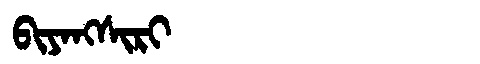
Manchu: ᠪᡳᠶᠠᠩᠰᡳᡵᡳ
Romanization: BIYANGSIRI